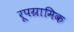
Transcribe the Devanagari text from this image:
रूपग्रामिक